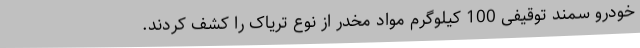
خودرو سمند توقیفی 100 کیلوگرم مواد مخدر از نوع تریاک را کشف کردند.